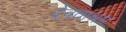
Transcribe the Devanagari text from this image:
देवताश्रम